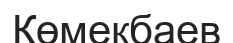
Көмекбаев